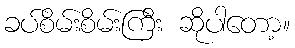
ခပ်စိမ်းစိမ်းကြီး ဆိုပါတော့။